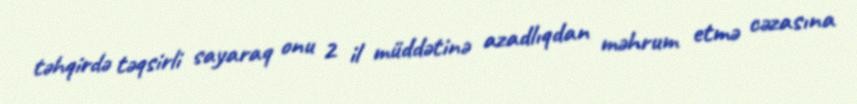
təhqirdə təqsirli sayaraq onu 2 il müddətinə azadlıqdan məhrum etmə cəzasına